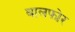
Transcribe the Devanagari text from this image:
बालफोर